Indian journal of veterinary science and animal husbandry - Volume 5,
Year: 1935
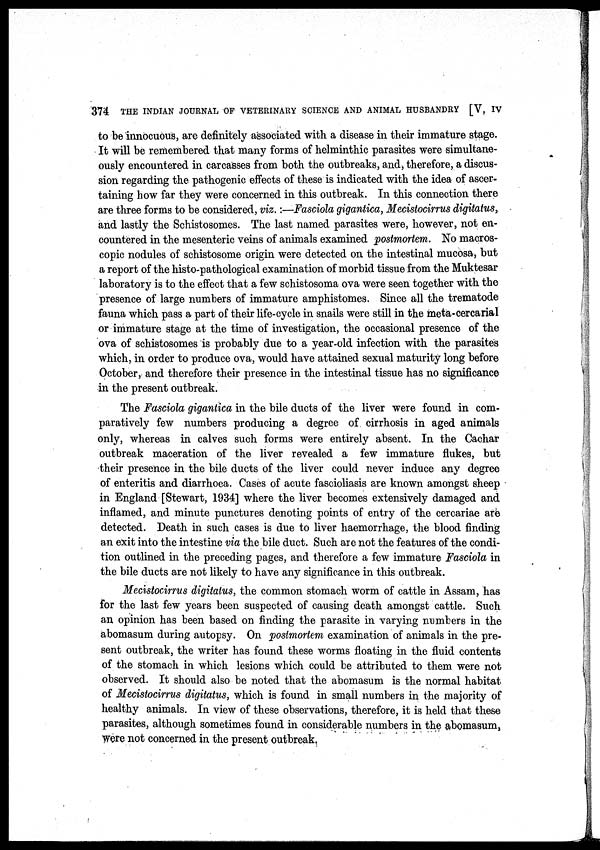
374 THE INDIAN JOURNAL OF VETERINARY SCIENCE AND ANIMAL HUSBANDRY [V, IV
to be innocuous, are definitely associated with a disease in their immature stage.
It will be remembered that many forms of helminthic parasites were simultane-
ously encountered in carcasses from both the outbreaks, and, therefore, a discus-
sion regarding the pathogenic effects of these is indicated with the idea of ascer-
taining how far they were concerned in this outbreak. In this connection there
are three forms to be considered, viz.:—Fasciola gigantica, Mecistocirrus digitatus,
and lastly the Schistosomes. The last named parasites were, however, not en-
countered in the mesenteric veins of animals examined postmortem. No macros-
copic nodules of schistosome origin were detected on the intestinal mucosa, but
a report of the histo-pathological examination of morbid tissue from the Muktesar
laboratory is to the effect that a few schistosoma ova were seen together with the
presence of large numbers of immature amphistomes. Since all the trematode
fauna which pass a part of their life-cycle in snails were still in the meta-cercarial
or immature stage at the time of investigation, the occasional presence of the
ova of schistosomes is probably due to a year-old infection with the parasites
which, in order to produce ova, would have attained sexual maturity long before
October, and therefore their presence in the intestinal tissue has no significance
in the present outbreak.
The Fasciola gigantica in the bile ducts of the liver were found in com-
paratively few numbers producing a degree of cirrhosis in aged animals
only, whereas in calves such forms were entirely absent. In the Cachar
outbreak maceration of the liver revealed a few immature flukes, but
their presence in the bile ducts of the liver could never induce any degree
of enteritis and diarrhoea. Cases of acute fascioliasis are known amongst sheep
in England [Stewart, 1934] where the liver becomes extensively damaged and
inflamed, and minute punctures denoting points of entry of the cercariae are
detected. Death in such cases is due to liver haemorrhage, the blood finding
an exit into the intestine via the bile duct. Such are not the features of the condi-
tion outlined in the preceding pages, and therefore a few immature Fasciola in
the bile ducts are not likely to have any significance in this outbreak.
Mecistocirrus digitatus, the common stomach worm of cattle in Assam, has
for the last few years been suspected of causing death amongst cattle. Such
an opinion has been based on finding the parasite in varying numbers in the
abomasum during autopsy. On postmortem examination of animals in the pre-
sent outbreak, the writer has found these worms floating in the fluid contents
of the stomach in which lesions which could be attributed to them were not
observed. It should also be noted that the abomasum is the normal habitat
of Mecistocirrus digitatus, which is found in small numbers in the majority of
healthy animals. In view of these observations, therefore, it is held that these
parasites, although sometimes found in considerable numbers in the abomasum,
were not concerned in the present outbreak.